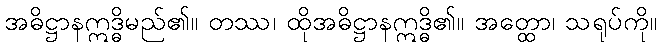
အဓိဋ္ဌာနဣဒ္ဓိမည်၏။ တဿ၊ ထိုအဓိဋ္ဌာနဣဒ္ဓိ၏။ အတ္ထော၊ သရုပ်ကို။